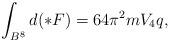
LaTeX: \begin{align*}\int_{B^8} d (\ast F) = 64 \pi^2 m V_{4} q,\end{align*}